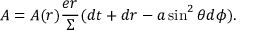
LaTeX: A = { \cal A } ( r ) \frac { e r } \Sigma ( d t + d r - a \sin ^ { 2 } \theta d \phi ) .